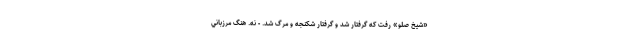
«شيخ صلو» رفت كه گرفتار شد و گرفتار شكنجه و مرگ شد. - نه. هنگ مرزباني